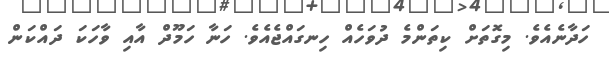
ހަދާނެއެވެ. މިގޮތަށް ކިތަންމެ ދުވަހެއް ހިނގައްޖެއެވެ. ހަނާ ހަމޫދް އާއި ވާހަކަ ދައްކަން